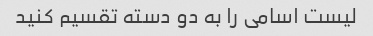
لیست اسامی را به دو دسته تقسیم کنید